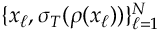
\{ x _ { \ell } , \sigma _ { T } ( \rho ( x _ { \ell } ) ) \} _ { \ell = 1 } ^ { N }